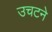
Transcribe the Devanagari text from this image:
उचटने